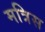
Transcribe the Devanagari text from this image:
मत्रिस